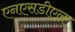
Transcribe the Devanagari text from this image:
एनएसडीएल